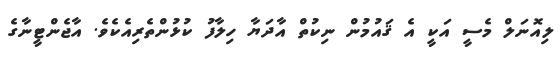
ލިއޮނަލް މެސީ އަކީ އެ ޤައުމުން ނިކުތް އާދަޔާ ހިލާފު ކުޅުންތެރިއެކެވެ. އާޖެންޓީނާގެ